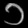
Digit: ၁